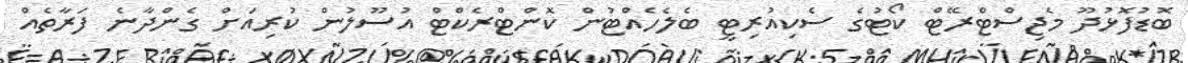
ބޮޑުފޮޅުދޫ މެޖިސްޓްރޭޓް ކޯޓުގެ ސެކިއުރިޓީ ބެލެހެއްޓުން ކޮންޓްރެކްޓް އުސޫލުން ކުރިއަށް ގެންދާނެ ފަރާތެއް